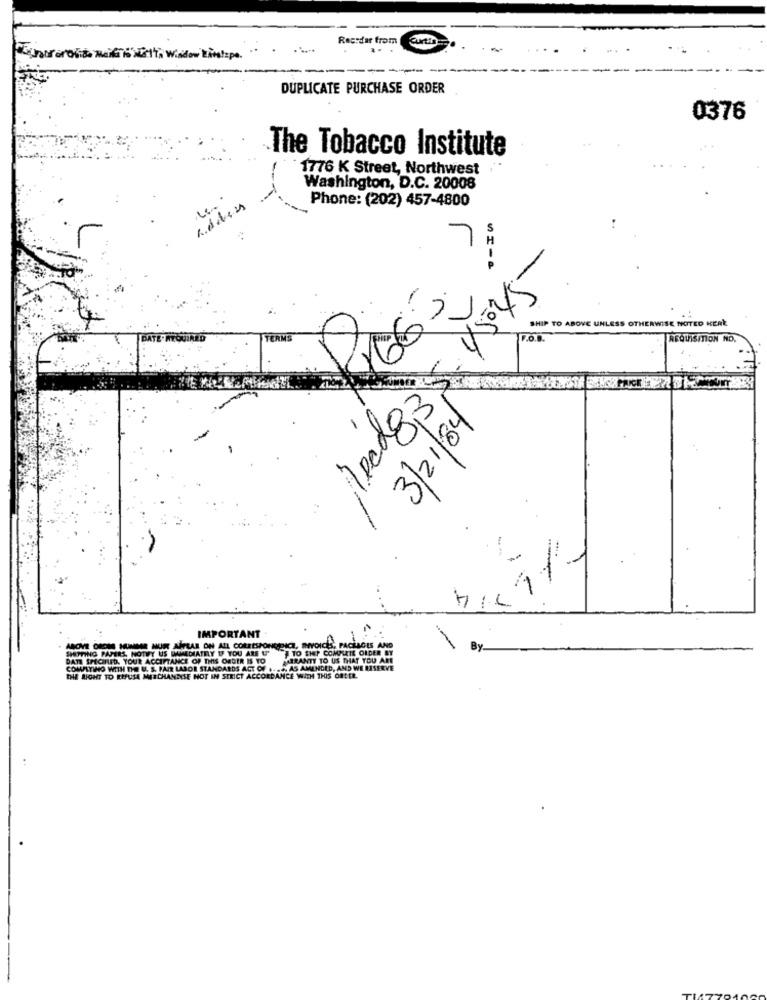
Recsdar from
Punkt
all of obide Maike to Me', Window Linshape.
DUPLICATE PURCHASE ORDER
0376
The Tobacco Institute
1776 K Street, Northwest
Washington, D.C. 20008
Le ..
Phone: (202) 457-4800
H
SHIP TO ABOVE UNLESS OTHERWISE NOTED KERE
F.O.B.
ACQUISITION NO.
1Red 83
3/21/84
.. .
i11
HIL
IMPORTANT
-
ABOVE DEDISE HUNDAR NUR AUFLAR ON ALL CORRESPONC,DICE, INVOICES, PACKAGES AND
SETTING PAPERS, NOTWY US IMMEDIATELY IF YOU ARE U'
DATE SPECIFIED. YOUR ACCEPTANCE OF THIS ORDER IS TO
TO SHIP COMPLETE ORDER BY
MIRANTY TO US THAT YOU ARE
COMPLYINIO WITH THE U. S. PAIR LABOR STANDARDS ACT OF ... 4, AS AMENDED, AND WE RISERVE
DIE RIGHT TO EIFUSE MERCHANDISE NOT IN STRICT ACCORDANCE WITH THIS ORDER.